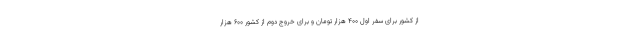
از کشور برای سفر اول ۴۰۰ هزار تومان و برای خروج دوم از کشور ۶۰۰ هزار